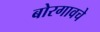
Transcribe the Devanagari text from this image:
बोरगावचे